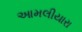
આમલીયારા